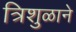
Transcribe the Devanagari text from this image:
त्रिशुळाने